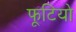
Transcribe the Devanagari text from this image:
फूटियो